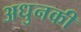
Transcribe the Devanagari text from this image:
अधुनकी